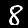
Digit: 8